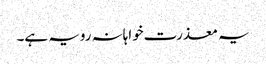
یہ معذرت خواہانہ رویہ ہے۔